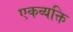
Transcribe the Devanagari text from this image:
एकव्यक्ति